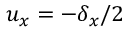
u _ { x } = - \delta _ { x } / 2